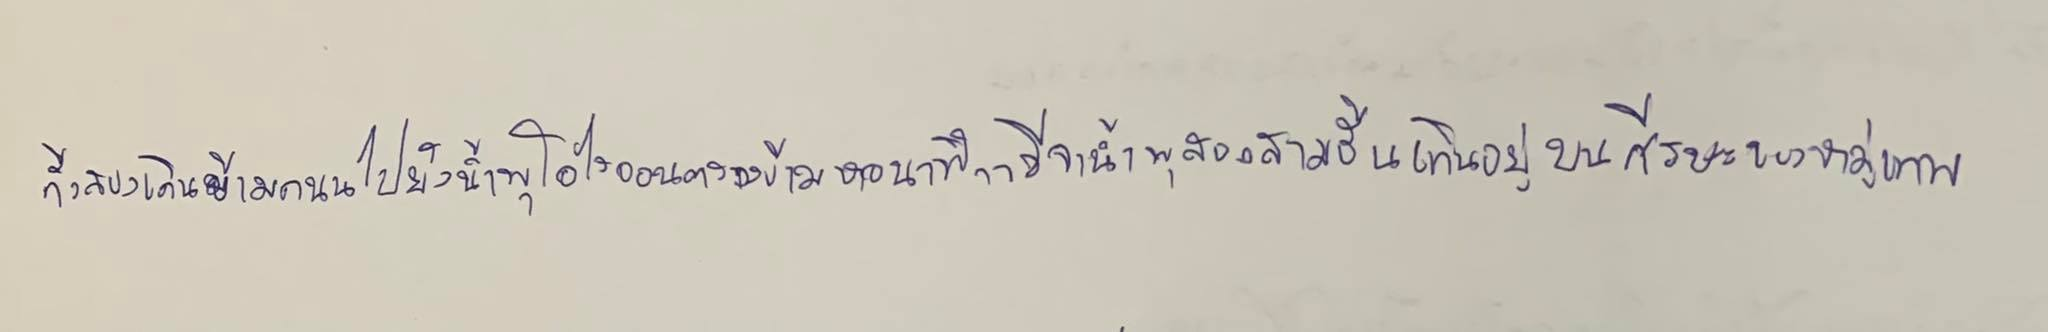
ทั้งสองเดินข้ามถนนไปยังน้ำพุโอไรออนตรงข้ามหอนาฬิกามีจาน้ำพุสองสามชั้นเทินอยู่บนศีรษะของหมู่เทพ